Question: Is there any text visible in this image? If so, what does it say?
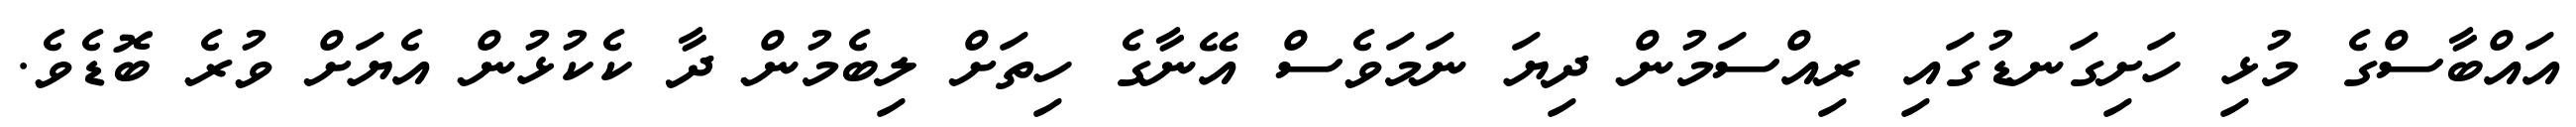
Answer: އައްބާސްގެ މުޅި ހަށިގަނޑުގައި ރިއްސަމުން ދިޔަ ނަމަވެސް އޭނާގެ ހިތަށް ލިބެމުން ދާ ކެކުޅުން އެޔަށް ވުރެ ބޮޑެވެ.